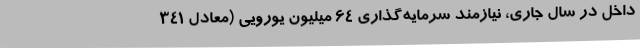
داخل در سال جاری، نیازمند سرمایه‌گذاری 64 میلیون یورویی (معادل 341